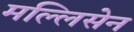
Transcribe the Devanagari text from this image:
मल्लिसेन